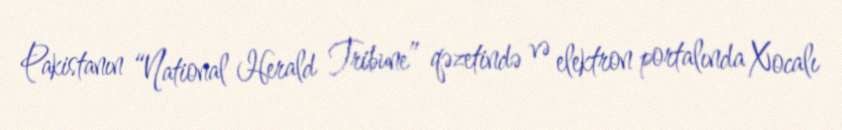
Pakistanın “National Herald Tribune” qəzetində və elektron portalında Xocalı